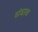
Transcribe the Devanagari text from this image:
संवाक